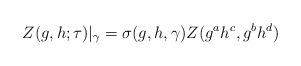
LaTeX: \begin{align*}Z(g,h;\tau)|_{\gamma}= \sigma(g,h,\gamma) Z(g^ah^c,g^bh^d)\end{align*}